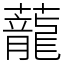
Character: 蘢